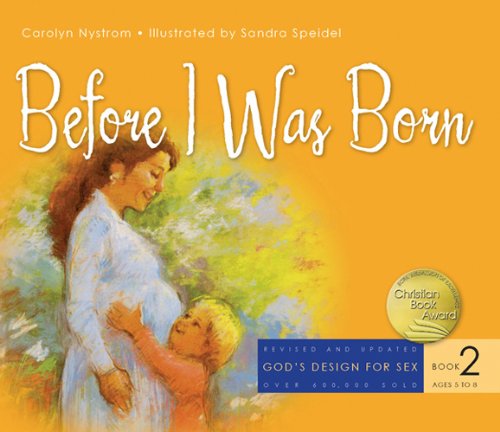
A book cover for Before I Was Born (God's Design for Sex); Carolyn Nystrom; Christian Books & Bibles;